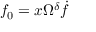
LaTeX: f _ { 0 } = x \Omega ^ { \delta } \dot { f }